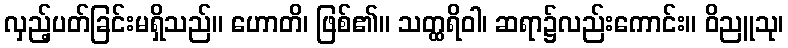
လှည့်ပတ်ခြင်းမရှိသည်။ ဟောတိ၊ ဖြစ်၏။ သတ္ထရိဝါ၊ ဆရာ၌လည်းကောင်း။ ဝိညူသု၊